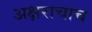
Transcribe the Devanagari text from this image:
अक्षराचाच